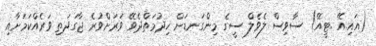
(އައި.އޭ .ޓީއޭ) ސާވިސް ލެވެލް ސީގެ މިންގަނޑަށް ޚިދުމަތްދެވޭ ވަރަށްވުރެ ޖާގަދަތި ވަރެއްކަމަށާއި